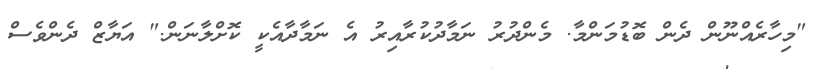
"މިހާރެއްނޫން ދެން ބޮޑުމަންމާ. މެންދުރު ނަމާދުކުރާއިރު އެ ނަމާދާއެކީ ކޮށްލާނަން." އަޔާޒް ދެންވެސް